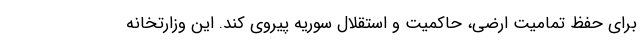
برای حفظ تمامیت ارضی، حاکمیت و استقلال سوریه پیروی کند. این وزارتخانه